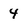
Character: 4